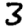
Digit: 3